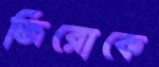
জিরোকে